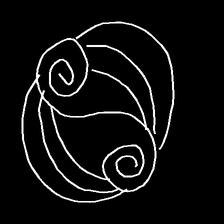
Glyph: wind-underfoot